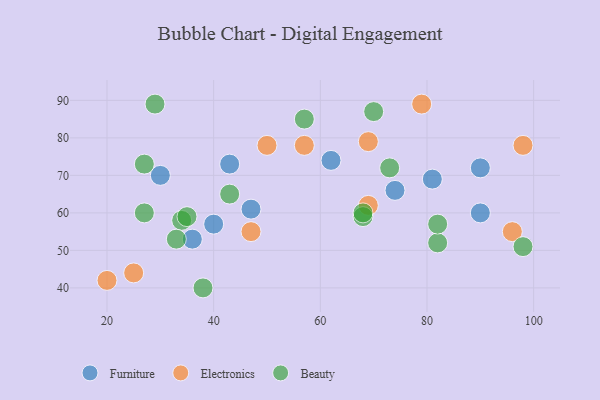
{"axis": {"x": "GDP", "y": "Life Expectancy"}, "legend": ["Beauty", "Electronics", "Furniture"], "data": [{"x": "90", "y": 60, "type": "Furniture"}, {"x": "30", "y": 70, "type": "Furniture"}, {"x": "74", "y": 66, "type": "Furniture"}, {"x": "47", "y": 61, "type": "Furniture"}, {"x": "81", "y": 69, "type": "Furniture"}, {"x": "43", "y": 73, "type": "Furniture"}, {"x": "90", "y": 72, "type": "Furniture"}, {"x": "62", "y": 74, "type": "Furniture"}, {"x": "36", "y": 53, "type": "Furniture"}, {"x": "40", "y": 57, "type": "Furniture"}, {"x": "96", "y": 55, "type": "Electronics"}, {"x": "79", "y": 89, "type": "Electronics"}, {"x": "20", "y": 42, "type": "Electronics"}, {"x": "47", "y": 55, "type": "Electronics"}, {"x": "98", "y": 78, "type": "Electronics"}, {"x": "69", "y": 79, "type": "Electronics"}, {"x": "57", "y": 78, "type": "Electronics"}, {"x": "50", "y": 78, "type": "Electronics"}, {"x": "25", "y": 44, "type": "Electronics"}, {"x": "69", "y": 62, "type": "Electronics"}, {"x": "34", "y": 58, "type": "Beauty"}, {"x": "68", "y": 59, "type": "Beauty"}, {"x": "35", "y": 59, "type": "Beauty"}, {"x": "68", "y": 60, "type": "Beauty"}, {"x": "57", "y": 85, "type": "Beauty"}, {"x": "38", "y": 40, "type": "Beauty"}, {"x": "29", "y": 89, "type": "Beauty"}, {"x": "70", "y": 87, "type": "Beauty"}, {"x": "98", "y": 51, "type": "Beauty"}, {"x": "73", "y": 72, "type": "Beauty"}, {"x": "33", "y": 53, "type": "Beauty"}, {"x": "82", "y": 52, "type": "Beauty"}, {"x": "43", "y": 65, "type": "Beauty"}, {"x": "27", "y": 60, "type": "Beauty"}, {"x": "82", "y": 57, "type": "Beauty"}, {"x": "27", "y": 73, "type": "Beauty"}]}